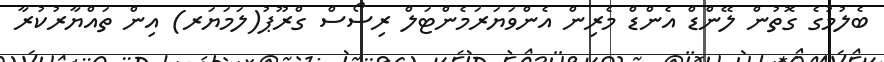
ބެލުމުގެ ގޮތުން ލޭންޑް އެންޑް މެރިން އެންވަޔަރަމެންޓަލް ރިސޯސް ގްރޫޕު(ލަމަޔަރ) އިން ތަައްޔާރުކުރާ